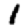
Digit: 1